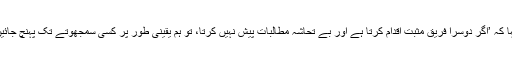
ہفتے ہی کو، اس سے قبل، ظریف نے کہا کہ ’اگر دوسرا فریق مثبت اقدام کرتا ہے اور بے تحاشہ مطالبات پیش نہیں کرتا، تو ہم یقینی طور پر کسی سمجھوتے تک پہنچ جائیں گے جو سب کے بھلے کی بات ہوگی‘۔